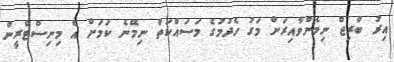
އިރު ބްރިޖް ނިމެންވާއިރަށް މަގު ހެދުމުގެ މަސައްކަތް ނިމޭނެ ކަމަށް އެ މިނިސްޓްރީން